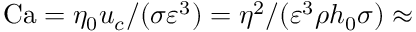
\mathrm { C a } = \eta _ { 0 } u _ { c } / ( \sigma \varepsilon ^ { 3 } ) = \eta ^ { 2 } / ( \varepsilon ^ { 3 } \rho h _ { 0 } \sigma ) \approx